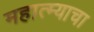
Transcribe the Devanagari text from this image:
महात्म्याचा